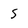
Character: 5